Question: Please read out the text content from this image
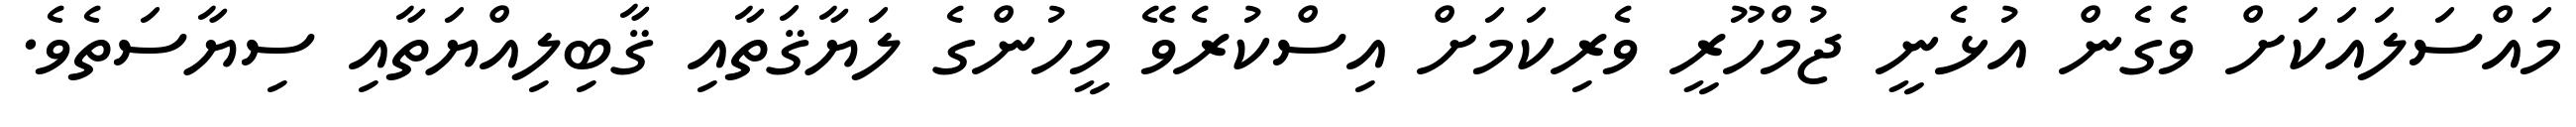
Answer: މައްސަލައަކަށް ވެގެން އުޅެނީ ޖުމްހޫރީ ވެރިކަމަށް އިސްކުރެވޭ މީހުންގެ ލަޔާޤަތާއި ޤާބިލިއްޔަތާއި ސިޔާސަތެވެ.